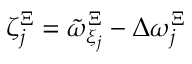
\zeta _ { j } ^ { \Xi } = \tilde { \omega } _ { \xi _ { j } } ^ { \Xi } - \Delta \omega _ { j } ^ { \Xi }